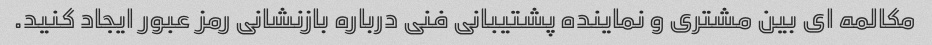
مکالمه ای بین مشتری و نماینده پشتیبانی فنی درباره بازنشانی رمز عبور ایجاد کنید.